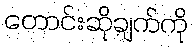
တောင်းဆိုချက်ကို